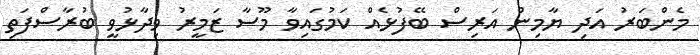
މެންބަރު އަދި ޔާމިން އަރިސް ބޭފުޅެއް ކަމުގައިވާ މޫސާ ޒަމީރު ވިދާޅުވީ ބުރާސްފަތި